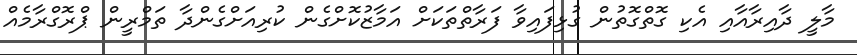
މާލީ ދާއިރާއާއި އެކި ގޮތްގޮތުން ގުޅިފައިވާ ފަރާތްތަކަށް އަމާޒުކޮށްގެން ކުރިއަށްގެންދާ ތަމްރީން ޕްރޮގްރާމެއް